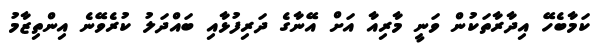
ކަމާބެހޭ އިދާރާތަކުން ވަނީ މާރިއާ އަށް އޭނާގެ ދަރިފުޅާއި ބައްދަލު ކުރެވޭނެ އިންތިޒާމު